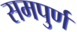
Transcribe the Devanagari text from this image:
समपुर्ण